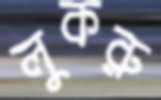
লুকরু